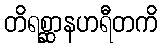
တိရစ္ဆာနဟရီတကိ